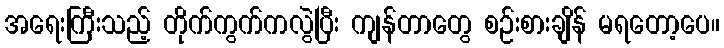
အရေးကြီးသည့် တိုက်ကွက်ကလွဲပြီး ကျန်တာတွေ စဉ်းစားချိန် မရတော့ပေ။